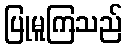
ပြုမူကြသည်